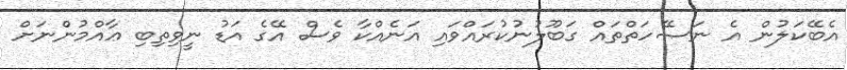
އެބޭކަލުން އެ ނަޞޭހަތްތައް ގަބޫލުނުކުރައްވައި އަނެއްކާ ވެސް އޭގެ އަޑު ނީވިތިބި ޢާއްމުންނަށް